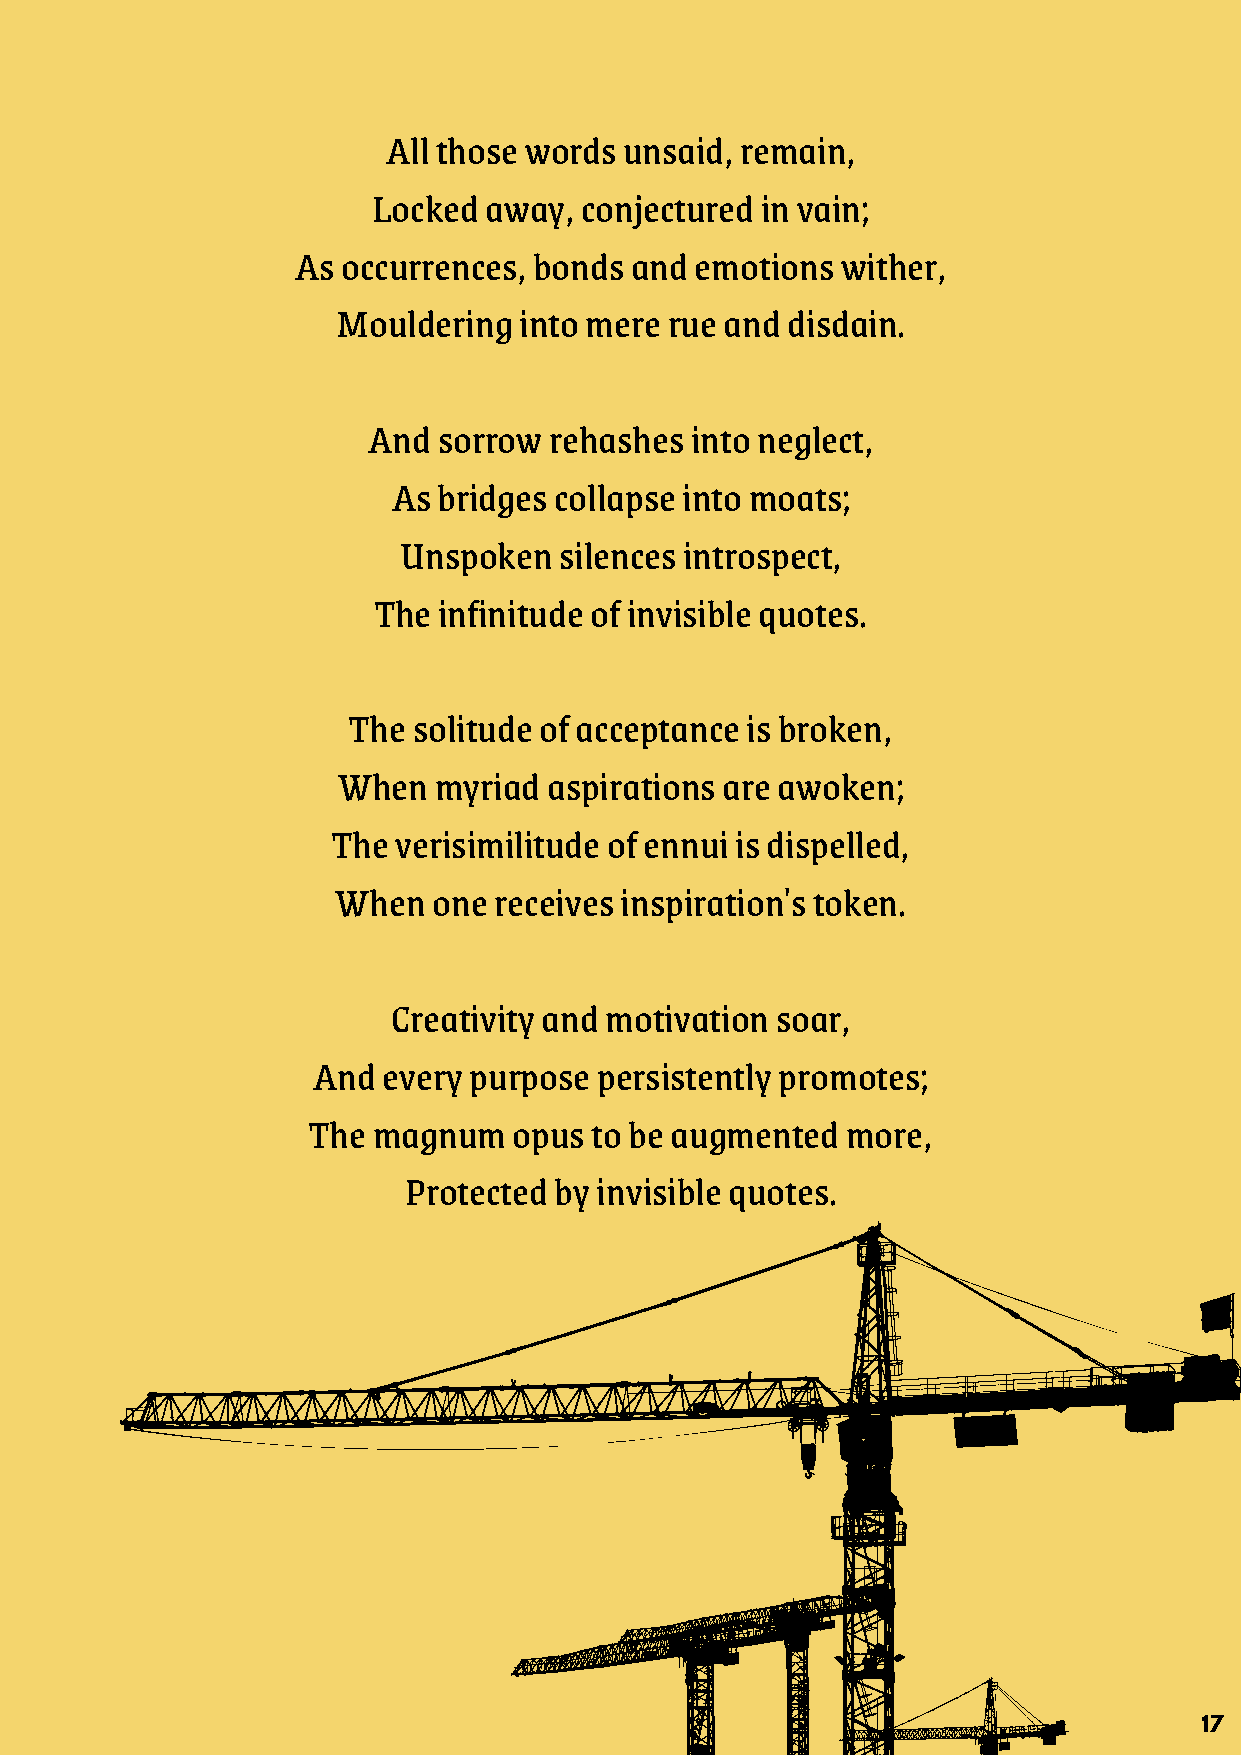
All those words unsaid, remain,
 Locked away, conjectured in vain;
 As occurrences, bonds and emotions  wither,
 Mouldering  into mere rue and disdain.
 And  sorrow rehashes  into neglect,
 As bridges collapse into moats;
 Unspoken   silences introspect,
 The infinitude of invisible quotes.
 The solitude of acceptance is broken,
 When   myriad aspirations are awoken;
 The verisimilitude of ennui is dispelled,
 When   one receives inspiration's token.
 Creativity and motivation soar,
 And every purpose persistently promotes;
 The  magnum   opus to be augmented  more,
 Protected by invisible quotes.
 17